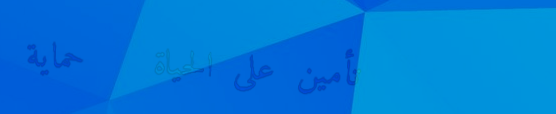
تأمين على الحياة   حماية